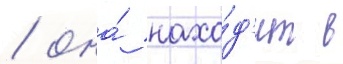
/ она́ нахо́д'ит в